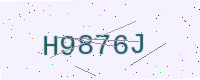
Text: H9876J